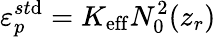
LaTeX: \varepsilon_{p}^{st\mathrm{d}}=K_{\mathrm{{eff}}}N_{0}^{2}(z_{r})